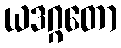
ယဒဂ္ဂတော